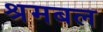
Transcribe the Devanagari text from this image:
श्रमबल